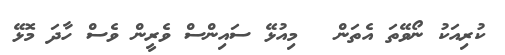
ކުރިއަކު ނޯވޭތަ އެތަން ? މިއުޅޭ ސައިންސް ވެރީން ވެސް ހާދަ މޮޅޭ